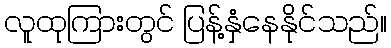
လူထုကြားတွင် ပြန့်နှံနေနိုင်သည်။